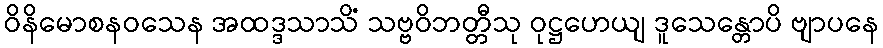
ဝိနိမောစနဝသေန အထဒ္ဒသာသိံ သဗ္ဗဝိဘတ္တီသု ဝုဋ္ဌဟေယျ ဒူသေန္တောပိ ဗျာပနေ